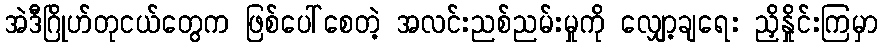
အဲဒီဂြိုဟ်တုငယ်တွေက ဖြစ်ပေါ်စေတဲ့ အလင်းညစ်ညမ်းမှုကို လျှော့ချရေး ညှိနှိုင်းကြမှာ